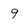
Character: 9